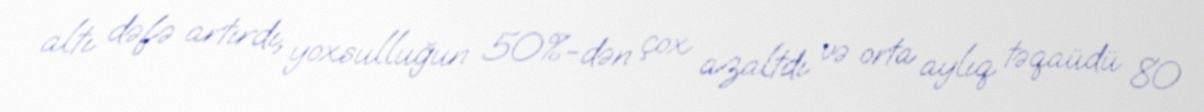
altı dəfə artırdı, yoxsulluğun 50%-dən çox azaltdı və orta aylıq təqaüdü 80